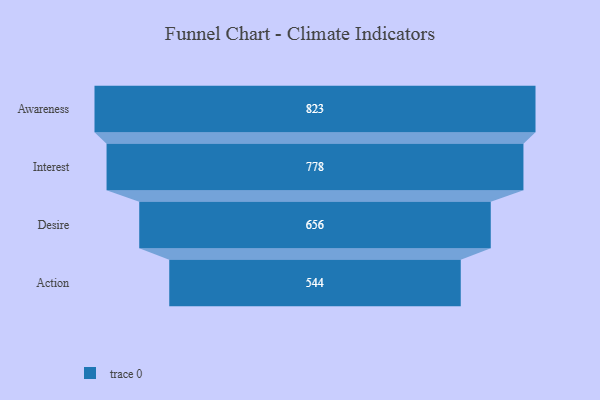
{"axis": {"x": "Stage", "y": "Value"}, "legend": [""], "data": [{"x": "Awareness", "y": 823.0, "type": ""}, {"x": "Interest", "y": 778.0, "type": ""}, {"x": "Desire", "y": 656.0, "type": ""}, {"x": "Action", "y": 544.0, "type": ""}]}